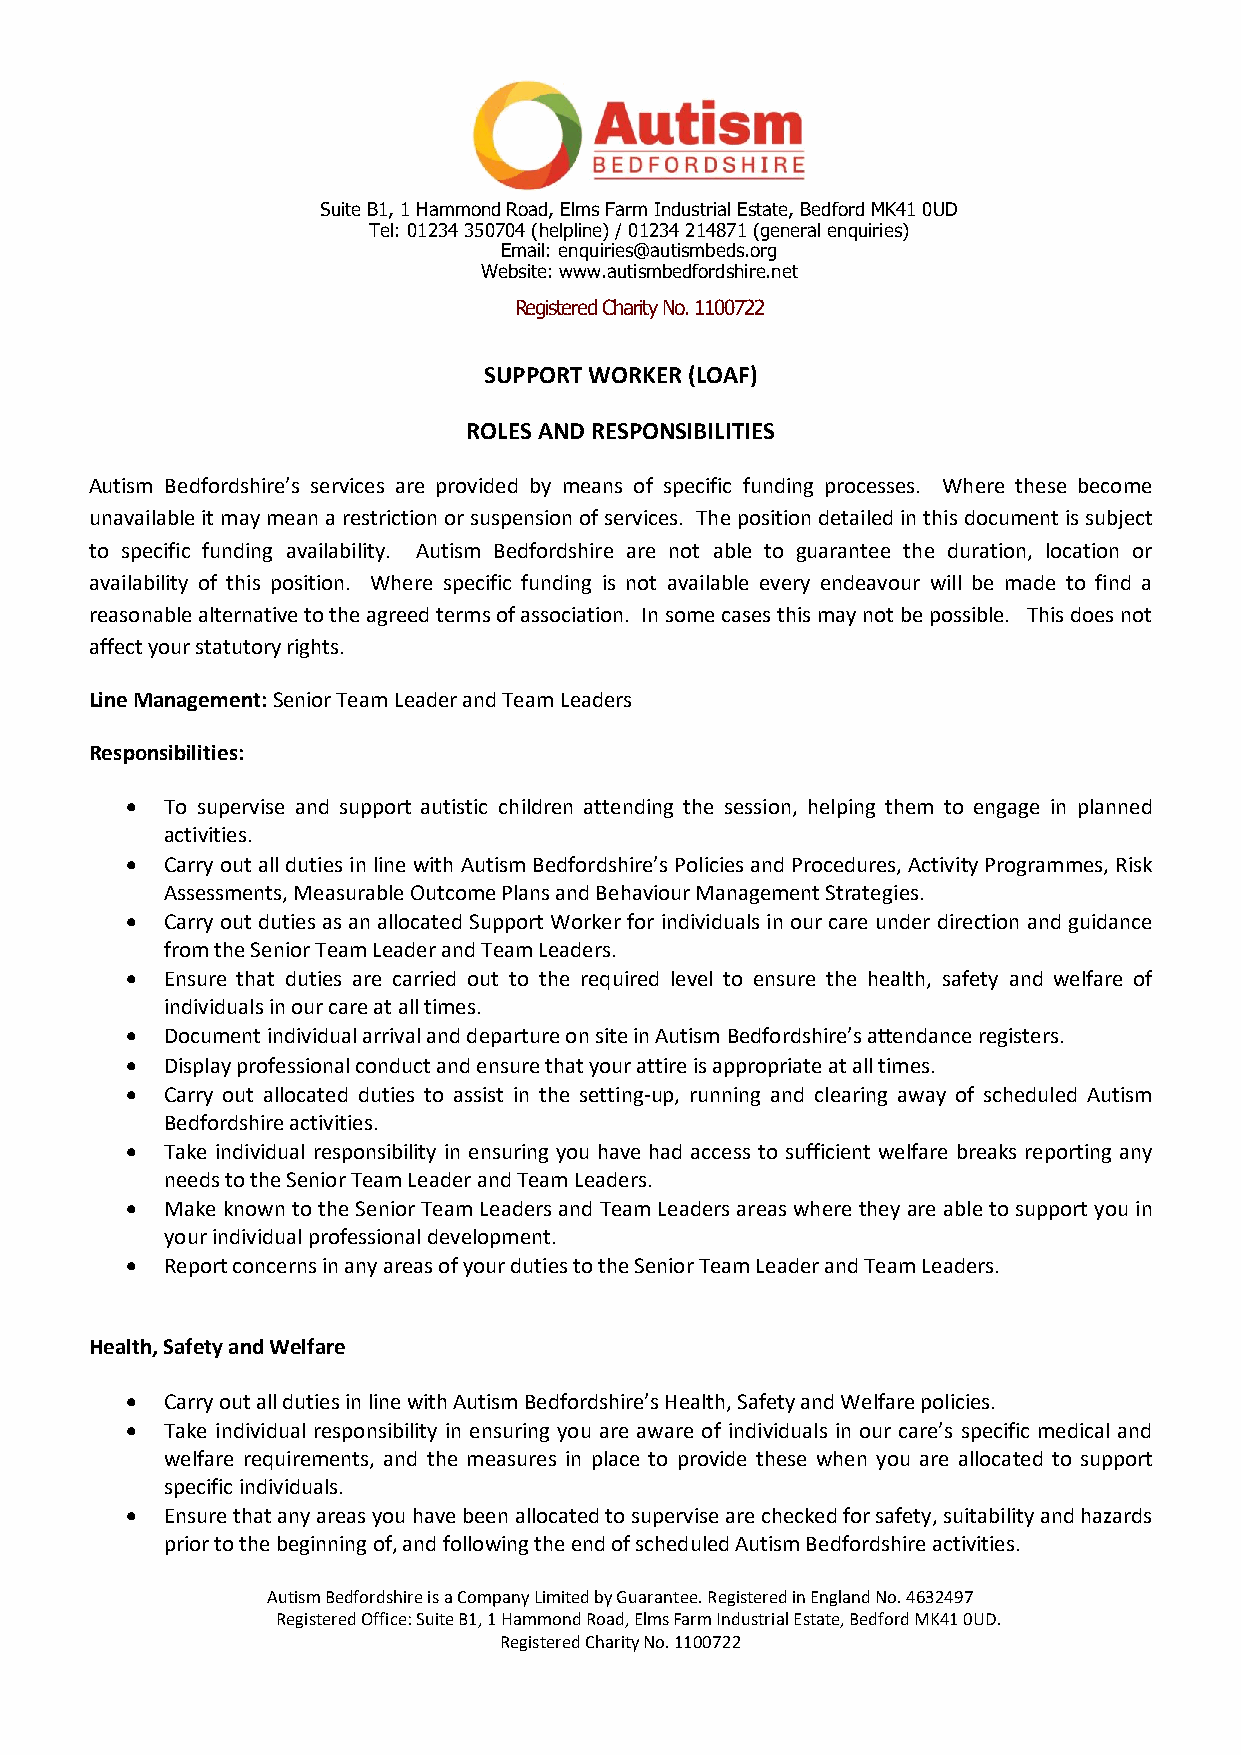
Suite B1, 1 Hammond Road, Elms Farm Industrial Estate, Bedford MK41 0UD
 Tel: 01234 350704 (helpline) / 01234 214871 (general enquiries)
 Email: enquiries@autismbeds.org
 Website: www.autismbedfordshire.net
 Registered Charity No. 1100722
 SUPPORT WORKER (LOAF)
 ROLES AND RESPONSIBILITIES
 Autism Bedfordshire’s services are provided by means of specific funding processes. Where these become
 unavailable it may mean a restriction or suspension of services. The position detailed in this document is subject
 to specific funding availability. Autism Bedfordshire are not able to guarantee the duration, location or
 availability of this position. Where specific funding is not available every endeavour will be made to find a
 reasonable alternative to the agreed terms of association. In some cases this may not be possible. This does not
 affect your statutory rights.
 Line Management: Senior Team Leader and Team Leaders
 Responsibilities:
 •  To supervise and support autistic children attending the session, helping them to engage in planned
 activities.
 •  Carry out all duties in line with Autism Bedfordshire’s Policies and Procedures, Activity Programmes, Risk
 Assessments, Measurable Outcome Plans and Behaviour Management Strategies.
 •  Carry out duties as an allocated Support Worker for individuals in our care under direction and guidance
 from the Senior Team Leader and Team Leaders.
 •  Ensure that duties are carried out to the required level to ensure the health, safety and welfare of
 individuals in our care at all times.
 •  Document individual arrival and departure on site in Autism Bedfordshire’s attendance registers.
 •  Display professional conduct and ensure that your attire is appropriate at all times.
 •  Carry out allocated duties to assist in the setting-up, running and clearing away of scheduled Autism
 Bedfordshire activities.
 •  Take individual responsibility in ensuring you have had access to sufficient welfare breaks reporting any
 needs to the Senior Team Leader and Team Leaders.
 •  Make known to the Senior Team Leaders and Team Leaders areas where they are able to support you in
 your individual professional development.
 •  Report concerns in any areas of your duties to the Senior Team Leader and Team Leaders.
 Health, Safety and Welfare
 •  Carry out all duties in line with Autism Bedfordshire’s Health, Safety and Welfare policies.
 •  Take individual responsibility in ensuring you are aware of individuals in our care’s specific medical and
 welfare requirements, and the measures in place to provide these when you are allocated to support
 specific individuals.
 •  Ensure that any areas you have been allocated to supervise are checked for safety, suitability and hazards
 prior to the beginning of, and following the end of scheduled Autism Bedfordshire activities.
 Autism Bedfordshire is a Company Limited by Guarantee. Registered in England No. 4632497
 Registered Office: Suite B1, 1 Hammond Road, Elms Farm Industrial Estate, Bedford MK41 0UD.
 Registered Charity No. 1100722